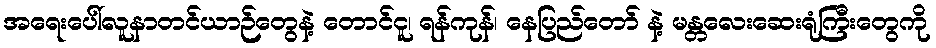
အရေးပေါ်လူနာတင်ယာဉ်တွေနဲ့ တောင်ငူ၊ ရန်ကုန်၊ နေပြည်တော် နဲ့ မန္တလေးဆေးရုံကြီးတွေကို